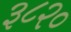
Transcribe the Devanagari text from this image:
३८२०